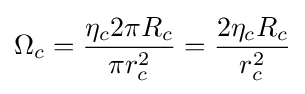
\Omega _{c}={\frac {\eta _{c}2\pi R_{c}}{\pi r_{c}^{2}}}={\frac {2\eta _{c}R_{c}}{r_{c}^{2}}}